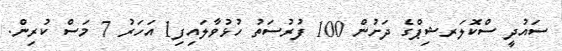
ސައުދީ ސްކޮލަރޝިޕްގެ ދަށުން 100 ފުރުސަތު ހުޅުވާލައިފި1 އަހަރު 7 މަސް ކުރިން.